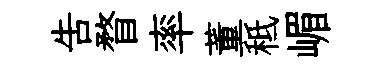
告瞀率董秪嵋